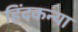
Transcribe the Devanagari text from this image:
हिंदकन्या